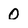
Character: 0